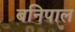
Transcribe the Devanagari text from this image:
बनिपाल